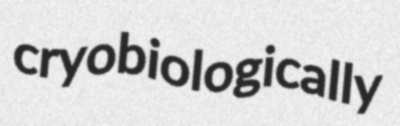
cryobiologically